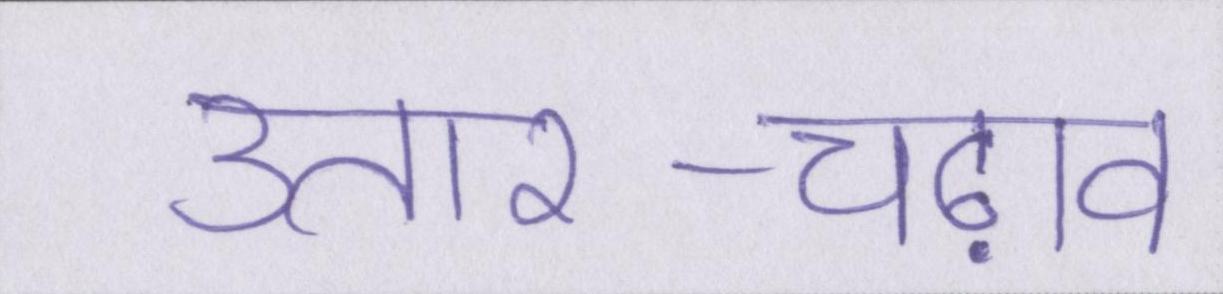
उतार-चढ़ाव